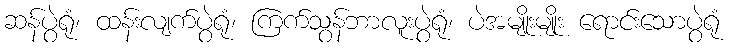
ဆန်ပွဲရုံ၊ ထန်းလျက်ပွဲရုံ၊ ကြက်သွန်ဘာလူးပွဲရုံ၊ ပဲအမျိုးမျိုး ရောင်းသောပွဲရုံ